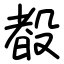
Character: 殾